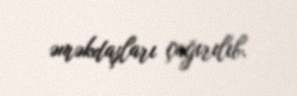
əməkdaşları çağırılıb.